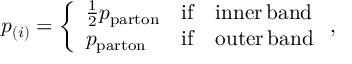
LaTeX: p _ { ( i ) } = \left\{ \begin{array} { l l l } { { \frac { 1 } { 2 } p _ { \mathrm { p a r t o n } } } } & { { \mathrm { i f } } } & { { \mathrm { i n n e r } \, \mathrm { b a n d } } } \\ { { p _ { \mathrm { p a r t o n } } } } & { { \mathrm { i f } } } & { { \mathrm { o u t e r } \, \mathrm { b a n d } } } \end{array} \right. ,